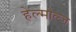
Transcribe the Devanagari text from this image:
हेल्मोल्ज